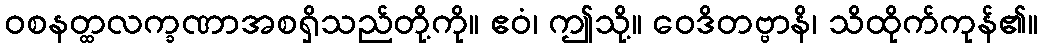
ဝစနတ္ထလက္ခဏာအစရှိသည်တို့ကို။ ဧဝံ၊ ဤသို့။ ဝေဒိတဗ္ဗာနိ၊ သိထိုက်ကုန်၏။